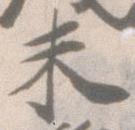
未